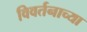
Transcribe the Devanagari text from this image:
विवर्तनाच्या